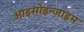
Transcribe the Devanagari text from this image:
आइसोइन्जाइम